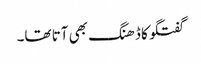
گفتگو کا ڈھنگ بھی آتا تھا۔